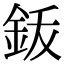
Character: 𬫆